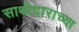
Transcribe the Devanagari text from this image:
साथीदाराच्या